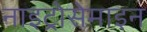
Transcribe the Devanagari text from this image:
नाइट्रोसेमाइन